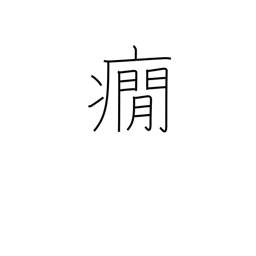
Meaning: nervous